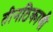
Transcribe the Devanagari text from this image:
तीनठिकाणी